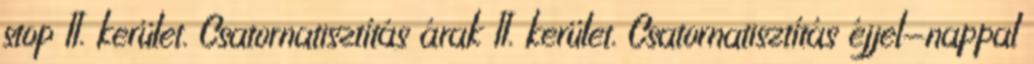
stop II. kerület. Csatornatisztítás árak II. kerület. Csatornatisztítás éjjel-nappal